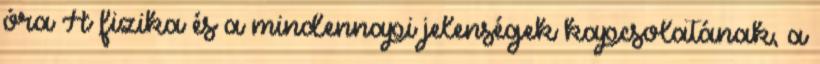
óra A fizika és a mindennapi jelenségek kapcsolatának, a